Cholera in India, 1862 to 1881
Year: 1862
Disease focus: Cholera
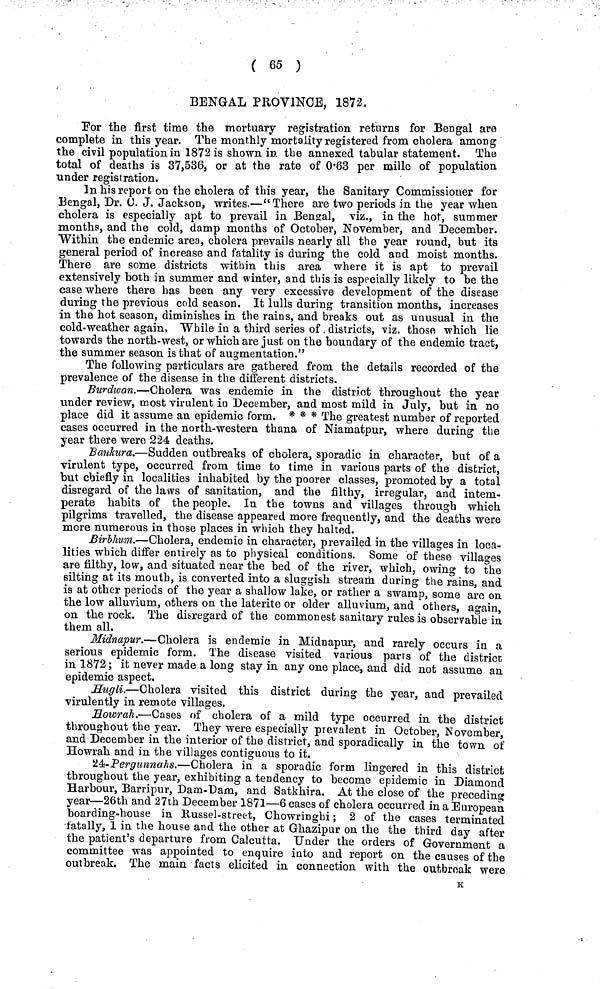
( 65 )
BENGAL PROVINCE, 1872.
For the first time the mortuary registration returns for Bengal are
complete in this year. The monthly mortality registered from cholera among
the civil population in 1872 is shown in the annexed tabular statement. The
total of deaths is 37,536, or at the rate of 0'63 per mille of population
under registration.
In his report on the cholera of this year, the Sanitary Commissioner for
Bengal, Dr. 0. J. Jackson, writes.—" There are two periods in the year when,
cholera is especially apt to prevail in Bengal, viz., in the hot, summer
months, and the cold, damp months of October, November, and December.
Within the endemic area, cholera prevails nearly all the year round, but its
general period of increase and fatality is during the cold and moist months.
There are some districts within this area where it is apt to prevail
extensively both in summer and winter, and this is especially likely to be the
case where there has been any very excessive development of the disease
during the previous cold season. It lulls during transition months, increases
in the hot season, diminishes in the rains, and breaks out as unusual in the
cold-weather again, While in a third series of districts, viz. those which lie
towards the north-west, or which are just on the boundary of the endemic tract,
the summer season is that of augmentation."
The following particulars are gathered from the details recorded of the
prevalence of the disease in the different districts.
Burdwan.—Cholera was endemic in the district throughout the year
under review, most virulent in December, and most mild in July, but in no
place did it assume an epidemic form. * * * The greatest number of reported
cases occurred in the north-western thana of Niamatpur, where during the
year there were 224 deaths.
Bankura.—Sudden outbreaks of cholera, sporadic in character, but of a
virulent type, occurred from time to time in various parts of the district,
but chiefly in localities inhabited by the poorer classes, promoted by a total
disregard of the laws of sanitation, and the filthy, irregular, and intem-
perate habits of the people. In the towns and villages through which
pilgrims travelled, the disease appeared more frequently, and the deaths were
more numerous in those places in which they halted.
Birbhum.—Cholera, endemic in character, prevailed in the villages in loca-
lities which differ entirely as to physical conditions. Some of these villages
are filthy, low, and situated near the bed of the river, which, owing to the
silting at its mouth, is converted into a sluggish stream during the rains, and
is at other periods of the year a shallow lake, or rather a swamp, some are on
the low alluvium, others on the laterite or older alluvium, and others, again,
on the rock. The disregard of the commonest sanitary rules is observable in
them all.
Midnapur.—Cholera is endemic in Midnapur, and rarely occurs in a
serious epidemic form. The disease visited various parrs of the district
in 1872; it never made a long stay in any one place, and did not assume an
epidemic aspect.
Hugli.—Cholera visited this district during the year, and prevailed
virulently in remote villages.
Howrah.—Cases of cholera of a mild type occurred in the district
throughout the year. They were especially prevalent in October, November,
and December in the interior of the district, and sporadically in the town of
Howrah and in the villages contiguous to it.
24-Pergunnahs.—Cholera in a sporadic form lingered in this district
throughout the year, exhibiting a tendency to become epidemic in Diamond
Harbour, Barripur, Dam-Dam, and Satkhira. At the close of the preceding
year—-26th and 27th December 1871—6 cases of cholera occurred in a European
boarding-house in Russel-street, Chowringhi; 2 of the cases terminated
fatally, 1 in the house and the other at Ghazipur on the the third day after
the patient's departure from Calcutta. Under the orders of Government a
committee was appointed to enquire into and report on the causes of the
outbreak. The main facts elicited in connection with the outbreak were
K